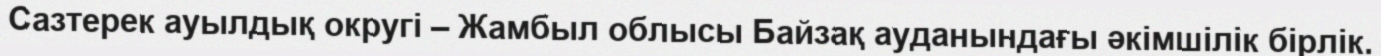
Сазтерек ауылдық округі – Жамбыл облысы Байзақ ауданындағы әкімшілік бірлік.